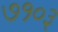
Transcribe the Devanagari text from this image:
७१०३